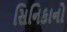
સિનિકાનો